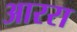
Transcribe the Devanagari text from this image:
आररा